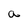
Character: a